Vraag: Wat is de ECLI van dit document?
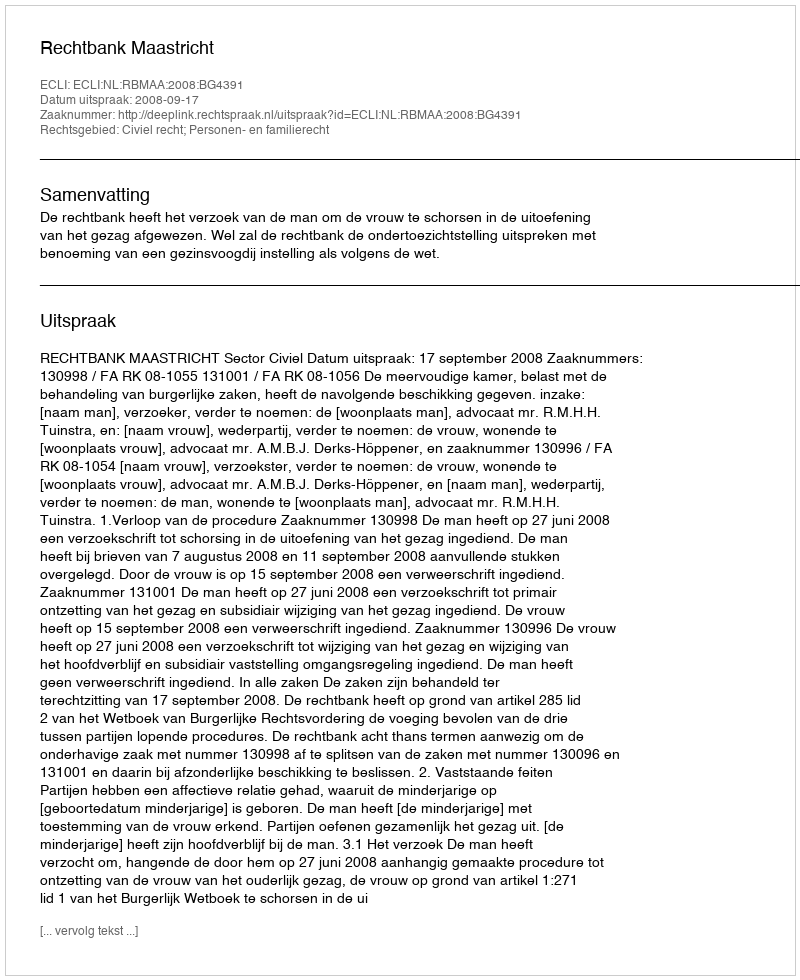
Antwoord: ECLI:NL:RBMAA:2008:BG4391